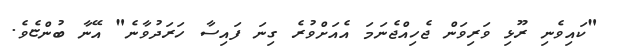
"ކައިވެނި ރޫޅި ވަރިވަން ޖެހިއްޖެނަމަ އެއަށްވުރެ ގިނަ ފައިސާ ހަރަދުވާނެ" އޭނާ ބުންޏެވެ.